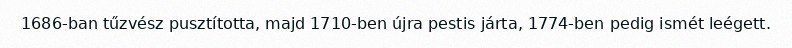
1686-ban tűzvész pusztította, majd 1710-ben újra pestis járta, 1774-ben pedig ismét leégett.